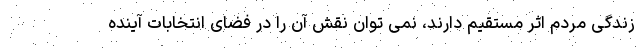
زندگی مردم اثر مستقیم دارند، نمی توان نقش آن را در فضای انتخابات آینده